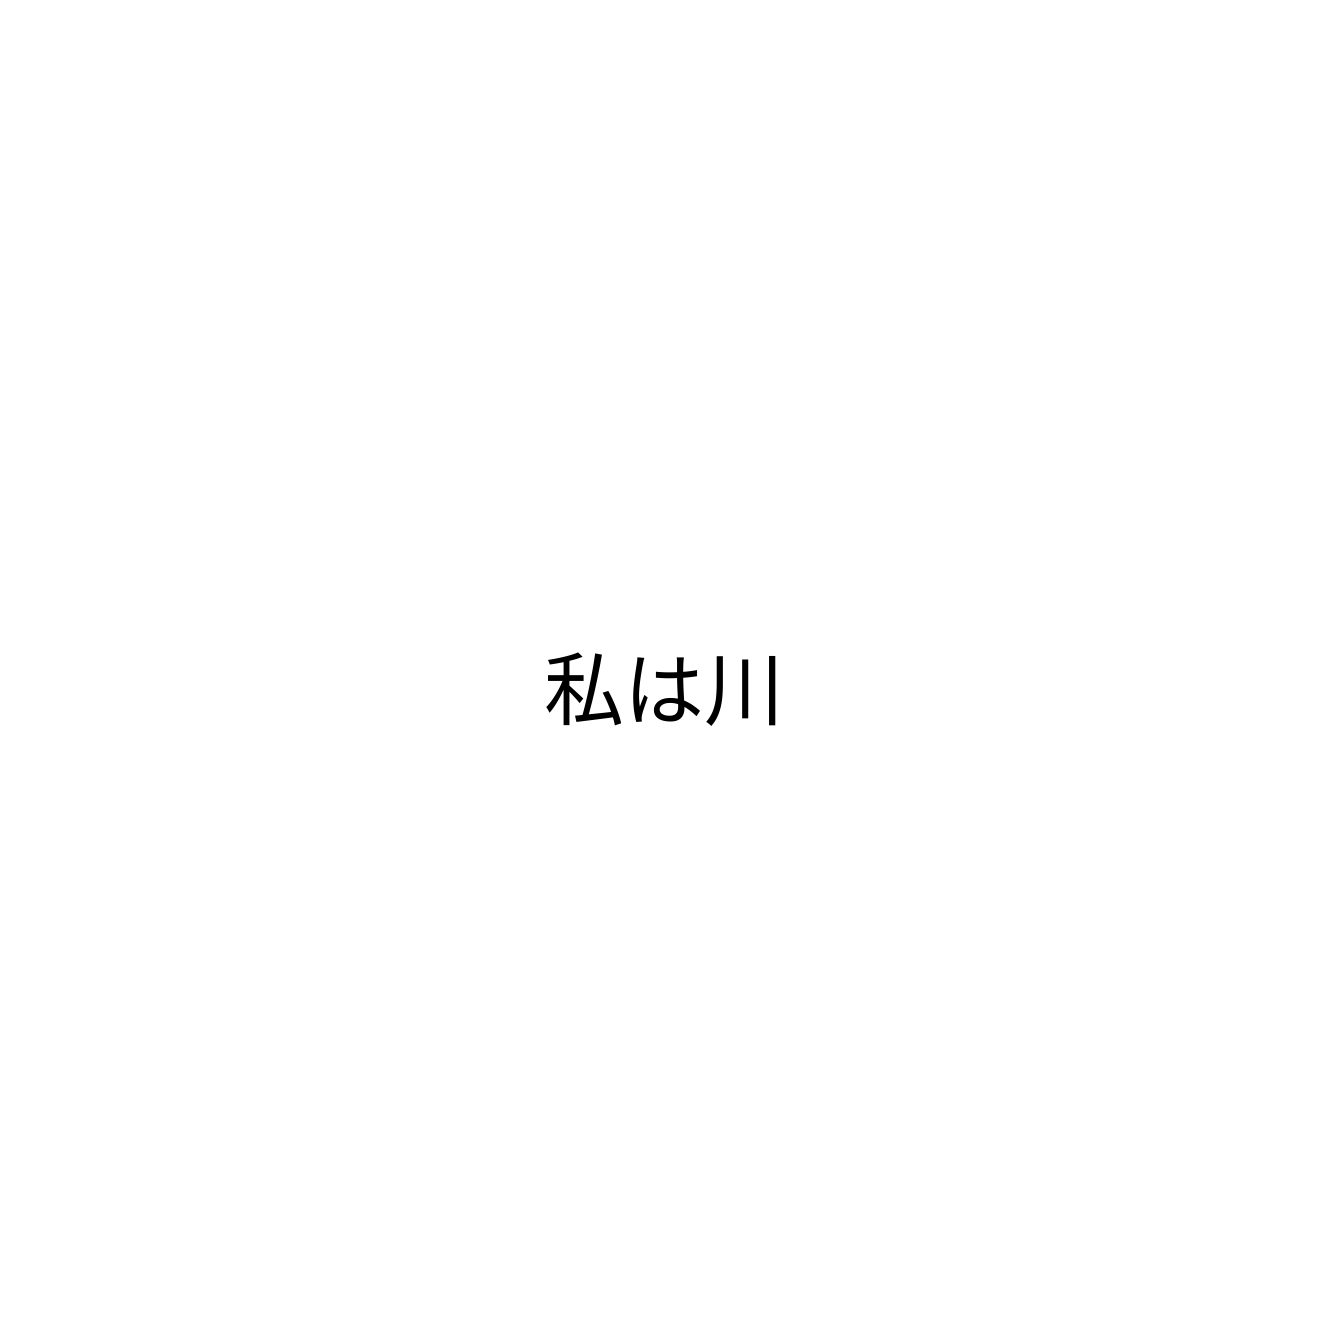
私は川